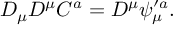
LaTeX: D _ { \mu } D ^ { \mu } C ^ { a } = D ^ { \mu } \psi _ { \mu } ^ { \prime a } .